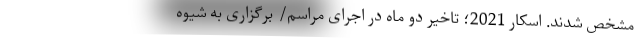
مشخص شدند. اسکار 2021؛ تاخیر دو ماه در اجرای مراسم/ برگزاری به شیوه‌